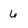
Character: 6